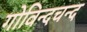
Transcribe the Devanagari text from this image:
गोविन्दचन्द